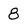
Character: 8